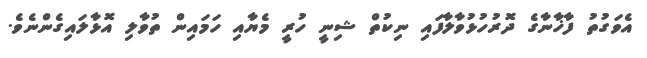
އެވަގުތު ފާޚާނާގެ ދޮރުހުޅުވާލާފައި ނިކުތް ޝިނީ ހުރީ މެޔާއި ހަމައިން ތުވާލި އޮޅާލައިގެންނެވެ.